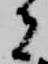
者